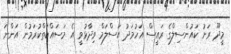
މީދޫ ރަށު ކައުންސިލްގެ ރައީސް އަހުމަދު އަސްލަމް ވިދާޅުވީ އެ މަސައްކަތްކުރަމުން އަންނަ